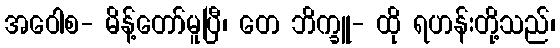
အဝေါစ- မိန့်တော်မူပြီ၊ တေ ဘိက္ခူ- ထို ရဟန်းတို့သည်၊